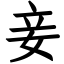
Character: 妾